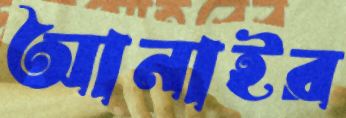
আনাইর